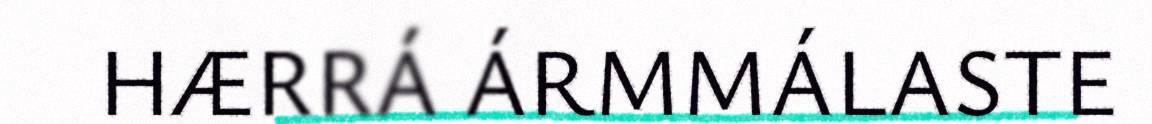
HÆRRÁ ÁRMMÁLASTE